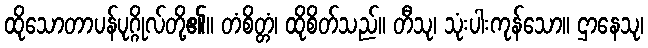
ထိုသောတာပန်ပုဂ္ဂိုလ်တို့၏။ တံစိတ္တံ၊ ထိုစိတ်သည်။ တီသု၊ သုံးပါးကုန်သော။ ဌာနေသု၊